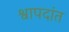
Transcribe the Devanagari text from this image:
श्वापदांत